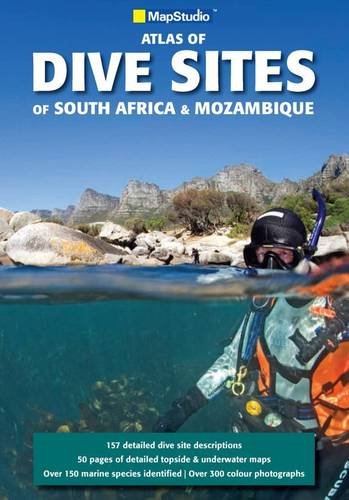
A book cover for Atlas of Dive Sites of South Africa & Mozambique; Map Studio; Travel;